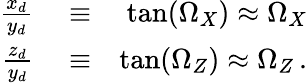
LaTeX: \begin{array}{rlr}{\frac{x_{d}}{y_{d}}}&{{}\equiv}&{\tan(\Omega_{X})\approx\Omega_{X}}\\ {\frac{z_{d}}{y_{d}}}&{{}\equiv}&{\tan(\Omega_{Z})\approx\Omega_{Z}\, .}\end{array}